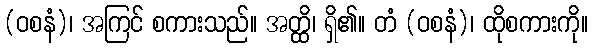
(ဝစနံ)၊ အကြင် စကားသည်။ အတ္ထိ၊ ရှိ၏။ တံ (ဝစနံ)၊ ထိုစကားကို။